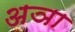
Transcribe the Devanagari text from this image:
अञा